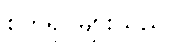
စက်ရုပ်များသည်